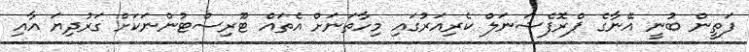
ފަތީން ބުނީ އޭނާގެ ޕްރޮފެޝަނަލް ކެރިއަރުގައި މިހާތަނަށް އެތައް ޓޫރިސްޓުންނަކަށް ގަރުދިޔަ އާއި